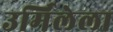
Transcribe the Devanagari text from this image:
उर्मिलेला